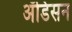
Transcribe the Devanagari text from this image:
ॲडिसन